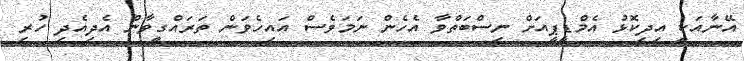
އޭނާއަކީ އިދިކޮޅު އެމްޑީޕީއަށް ނިސްބަތްވާ އެހެން ނަމަވެސް އައިހެވަން ތަރައްގީވާން އެދިއެދި ހުރި